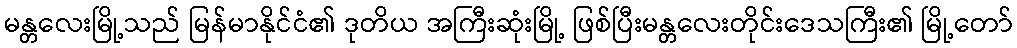
မန္တလေးမြို့သည် မြန်မာနိုင်ငံ၏ ဒုတိယ အကြီးဆုံးမြို့ ဖြစ်ပြီးမန္တလေးတိုင်းဒေသကြီး၏ မြို့တော်